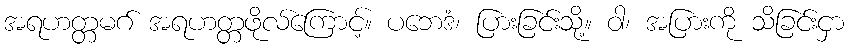
အရဟတ္တမဂ် အရဟတ္တဖိုလ်ကြောင့်။ ပဘေဒံ၊ ပြားခြင်းသို့။ ဝါ၊ အပြားကို သိခြင်းငှာ